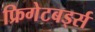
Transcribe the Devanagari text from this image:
फ्रिगेटबर्ड्स